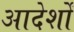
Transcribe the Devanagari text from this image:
आदेर्शों